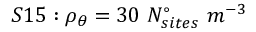
S 1 5 : \rho _ { \theta } = 3 0 \ N _ { s i t e s } ^ { \circ } \ m ^ { - 3 }